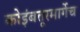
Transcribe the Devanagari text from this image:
कोइंबतूरमार्गेच